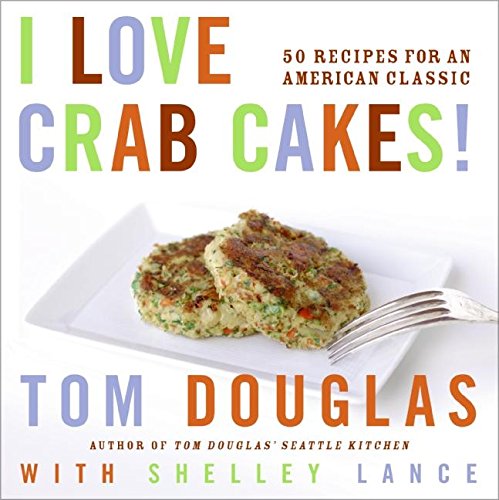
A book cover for I Love Crab Cakes! 50 Recipes for an American Classic; Tom Douglas; Cookbooks, Food & Wine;